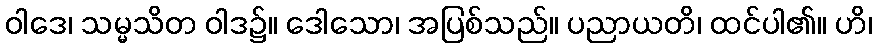
ဝါဒေ၊ သမ္မသိတ ဝါဒ၌။ ဒေါသော၊ အပြစ်သည်။ ပညာယတိ၊ ထင်ပါ၏။ ဟိ၊